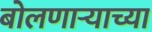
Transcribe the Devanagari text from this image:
बोलणाऱ्याच्या